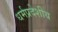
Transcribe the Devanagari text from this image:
धर्मप्रदेशीय